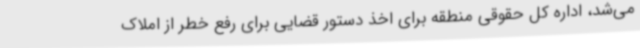
می‌شد، اداره کل حقوقی منطقه برای اخذ دستور قضایی برای رفع خطر از املاک